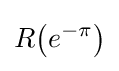
R{\big (}e^{-\pi }{\big )}